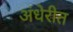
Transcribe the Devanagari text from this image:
अंधेरीत